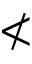
\nless